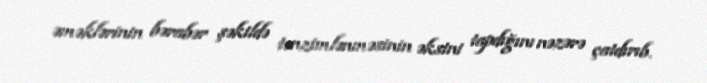
əməklərinin bərabər şəkildə tənzimlənməsinin əksini tapdığını nəzərə çatdırıb.